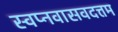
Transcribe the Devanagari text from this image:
स्वप्नवासवदत्तम